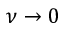
\nu \to 0